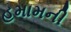
હમામની